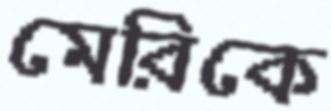
মেরিকে